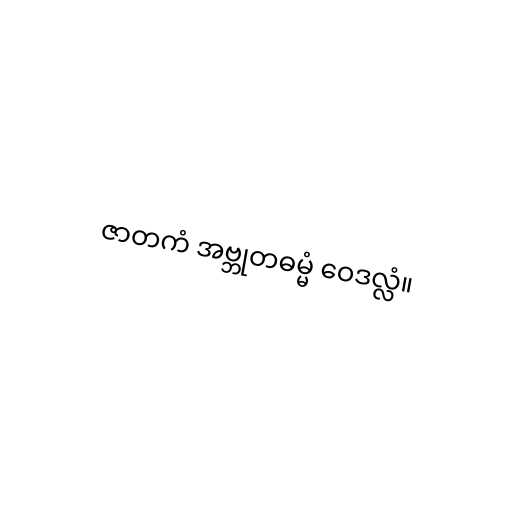
ဇာတကံ အဗ္ဘုတဓမ္မံ ဝေဒလ္လံ။